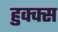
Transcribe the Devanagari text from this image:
हुक्क्स